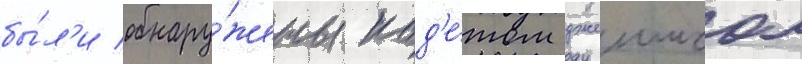
бы́л'и обнару́жены кад'е́том джеимсом